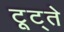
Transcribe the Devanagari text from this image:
टूट्ते